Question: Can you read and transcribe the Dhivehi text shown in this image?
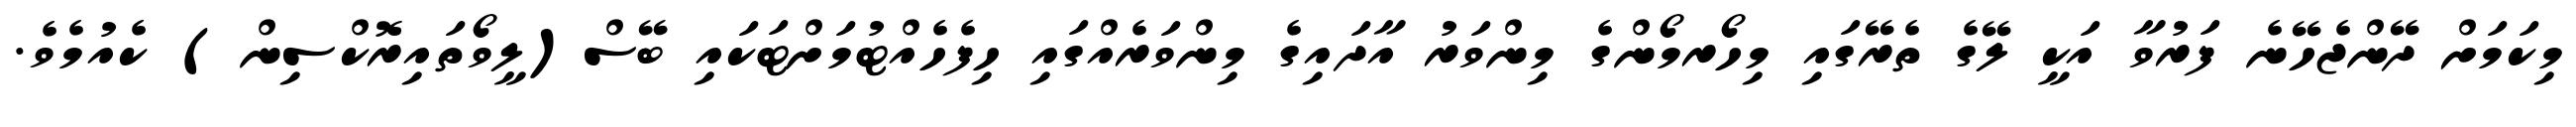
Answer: މިކަމަށް ދޭންޖެހޭނެ ފަރުވާ އަކީ ލޭގެ ތެރޭގައި މިހޯރމޯންގެ މިންވަރު އާދައިގެ މިންވަރެއްގައި ހިފެހެއްޓުމަށްޓަކައި ބޭސް(ލީވޯތައިރޮކްސިން) ކެއުމެވެ.